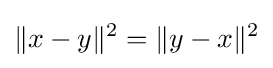
\|x-y\|^{2}=\|y-x\|^{2}